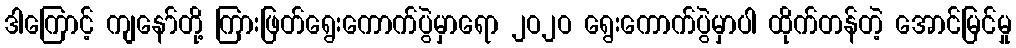
ဒါကြောင့် ကျနော်တို့ ကြားဖြတ်ရွေးကောက်ပွဲမှာရော ၂ဝ၂ဝ ရွေးကောက်ပွဲမှာပါ ထိုက်တန်တဲ့ အောင်မြင်မှု